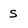
Character: S